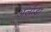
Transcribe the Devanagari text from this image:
अर्लांडा